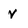
Character: v